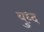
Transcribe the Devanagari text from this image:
युध्‍द